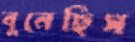
বুনেছিস